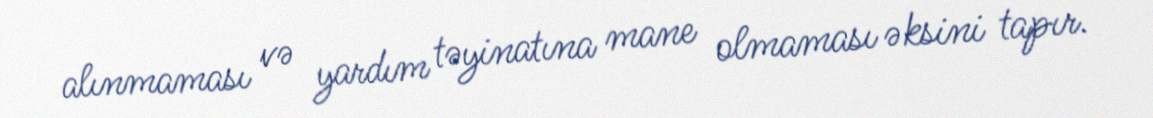
alınmaması və yardım təyinatına mane olmaması əksini tapır.